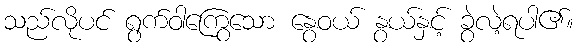
သည်လိုပင် ရွက်ဝါကြွေသော နွေဝယ် နွယ်နှင့် ခွဲလဲ့ရပါ၏။